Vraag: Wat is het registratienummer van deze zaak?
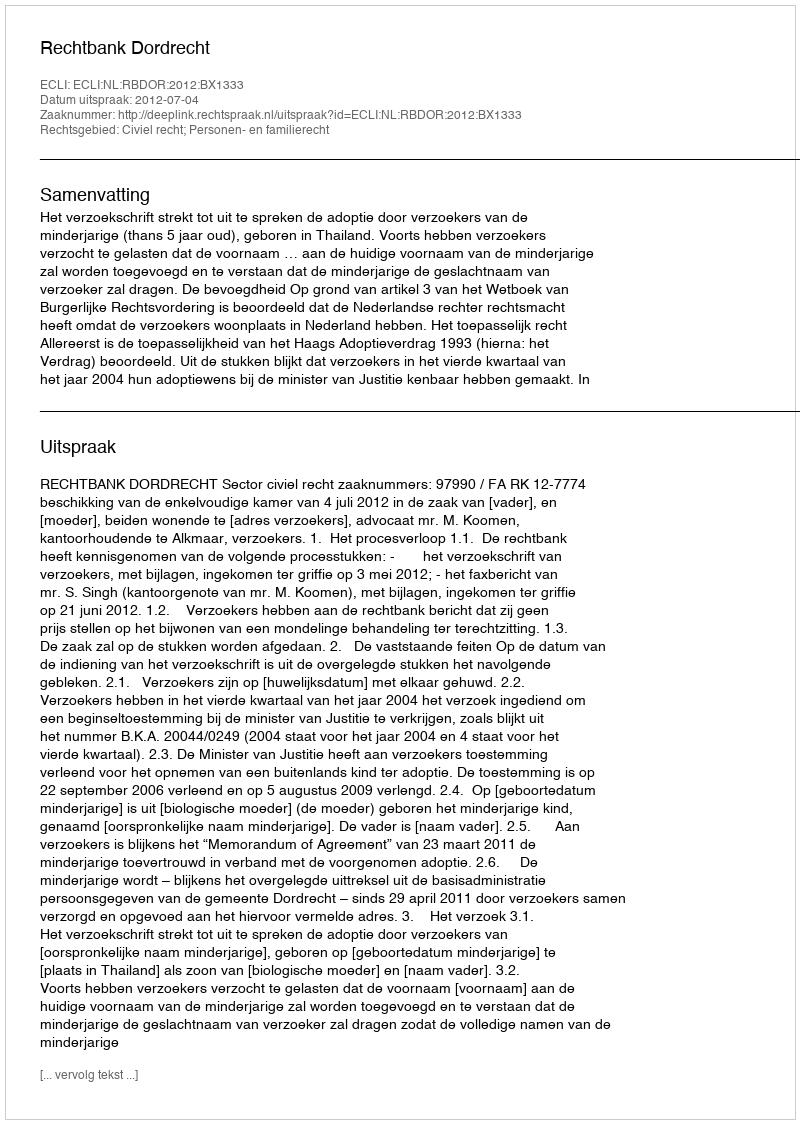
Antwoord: http://deeplink.rechtspraak.nl/uitspraak?id=ECLI:NL:RBDOR:2012:BX1333